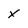
Character: x